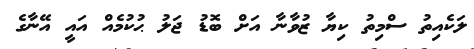
ލަކެއިތު ސްމިތު ކިޔާ ޒުވާނާ އަށް ބޮޑު ޖަލު ޙުކުމެއް އައީ އޭނާގެ